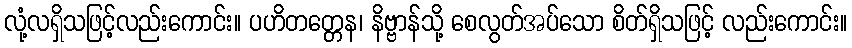
လုံ့လရှိသဖြင့်လည်းကောင်း။ ပဟိတတ္တေန၊ နိဗ္ဗာန်သို့ စေလွတ်အပ်သော စိတ်ရှိသဖြင့် လည်းကောင်း။